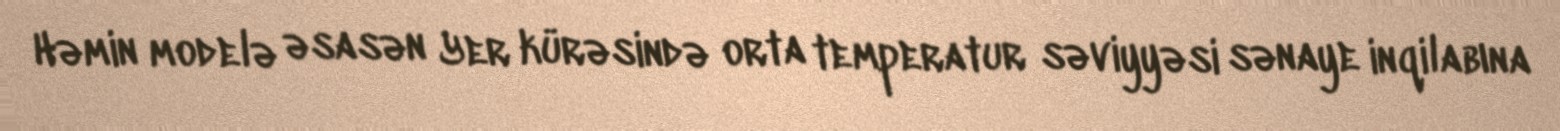
Həmin modelə əsasən Yer kürəsində orta temperatur səviyyəsi sənaye inqilabına